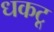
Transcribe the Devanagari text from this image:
धकटू